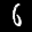
Label: 6